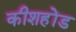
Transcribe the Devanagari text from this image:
कीशहोंड